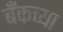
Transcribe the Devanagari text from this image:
बँकच्या